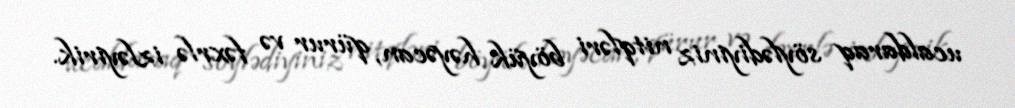
ucaldaraq söylədiyiniz nitqləri böyük həyəcan, qürur və fəxrlə izləyirik.